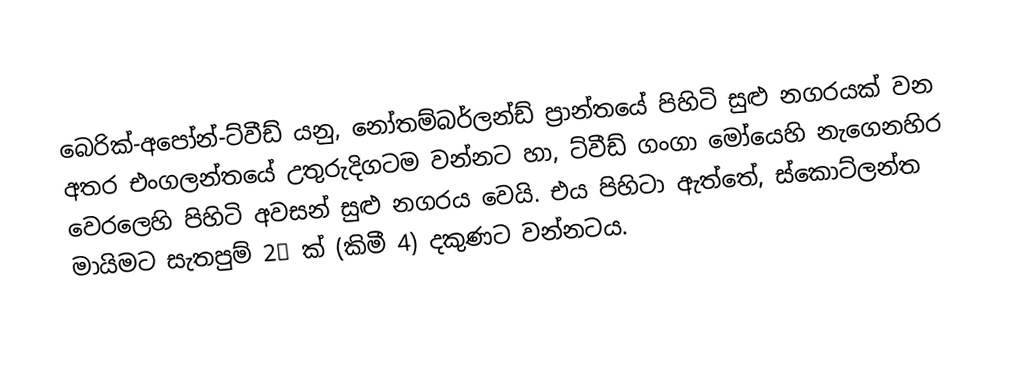
බෙරික්-අපෝන්-ට්වීඩ් යනු,  නෝතම්බර්ලන්ඩ් ප්‍රාන්තයේ පිහිටි සුළු නගරයක් වන අතර එංගලන්තයේ උතුරුදිගටම වන්නට හා, ට්වීඩ් ගංගා මෝයෙහි නැගෙනහිර වෙරලෙහි පිහිටි  අවසන් සුළු නගරය වෙයි. එය පිහිටා ඇත්තේ,  ස්කොට්ලන්ත මායිමට සැතපුම් 2½ ක් (කිමී 4) දකුණට වන්නටය.